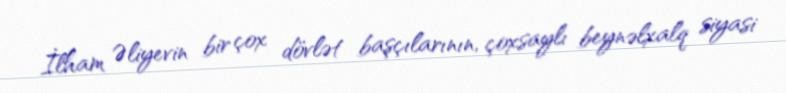
İlham Əliyevin bir çox dövlət başçılarının, çoxsaylı beynəlxalq siyasi